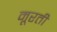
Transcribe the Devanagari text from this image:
मूरती